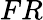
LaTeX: FR